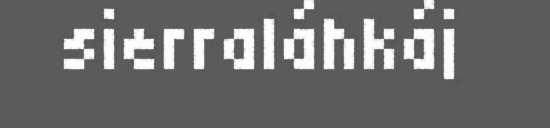
sierraláhkáj